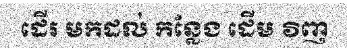
ដើរ មកដល់ កន្លែង ដើម វិញ